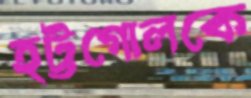
হট্টগোলকে